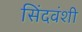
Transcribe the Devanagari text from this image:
सिंदवंशी